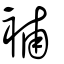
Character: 補